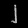
Digit: ၂